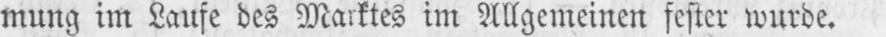
mung im Laufe des Marktes im Allgemeinen fester wurde.